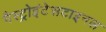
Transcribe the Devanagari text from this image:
गैस्ट्रोइंटेसटाइनल